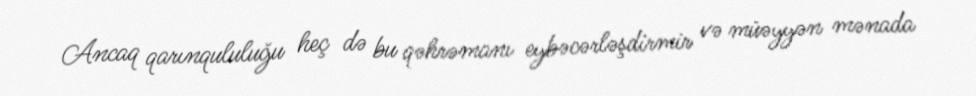
Ancaq qarınqululuğu heç də bu qəhrəmanı eybəcərləşdirmir və müəyyən mənada